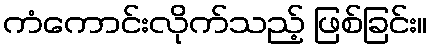
ကံကောင်းလိုက်သည့် ဖြစ်ခြင်း။